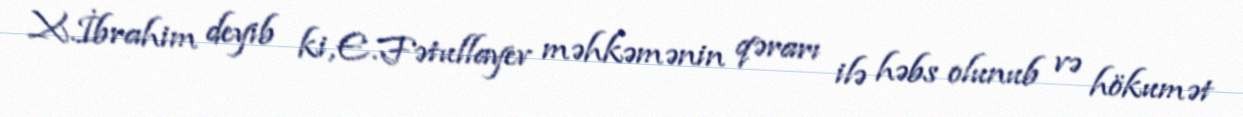
X.İbrahim deyib ki, E.Fətullayev məhkəmənin qərarı ilə həbs olunub və hökumət